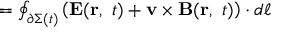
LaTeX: \textstyle = \oint _ { \partial \Sigma ( t ) } \left( \mathbf { E } ( \mathbf { r } , \ t ) + \mathbf { v \times B } ( \mathbf { r } , \ t ) \right) \cdot d { \boldsymbol { \ell } }